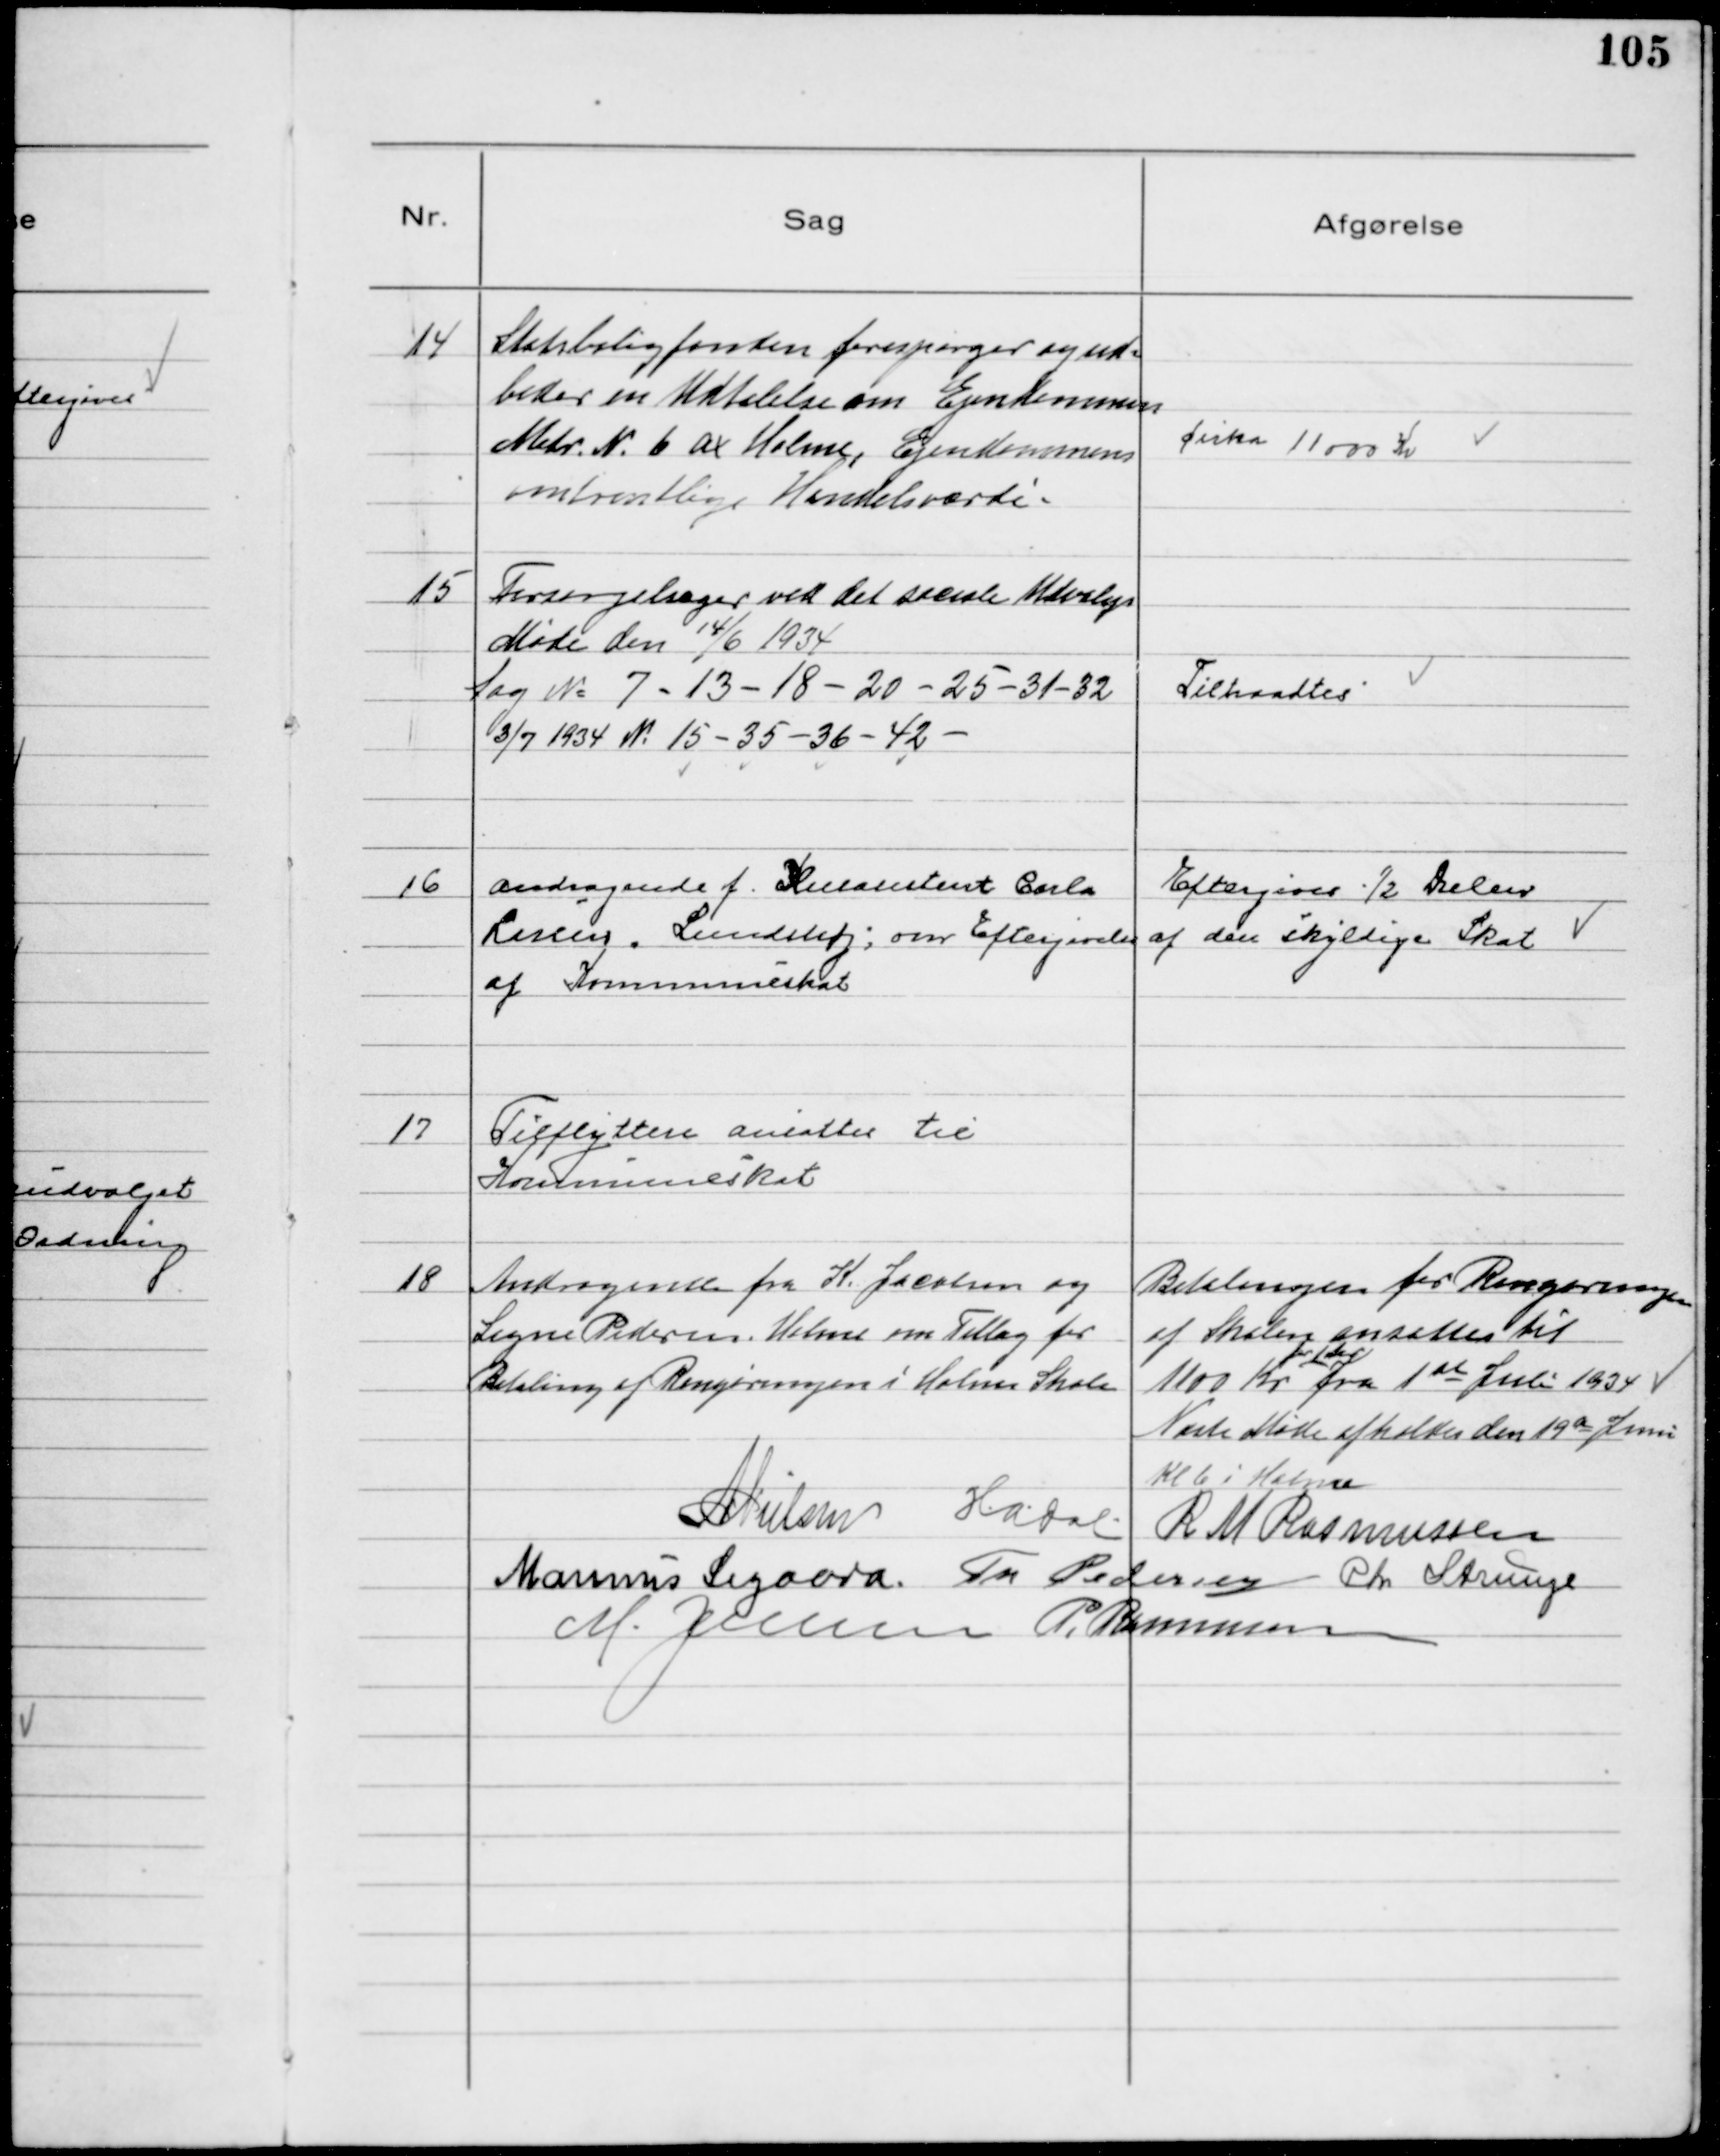
Transskription:
14
Statsboligfonden forespørger og ud=
beder en Udtalelse om Ejendommen
Matr № 6 ax Holme, Ejendommens
omtrentlige Handelsværdi.

cirka 11000 Kr

15
Forsørgelsager ved det sociale Udvalgs
Møde den 14/6 1934
Sag № 7 - 13 - 18 - 20 - 25 - 31 - 32
3/7 1934 № 15 - 35 - 36 - 42

Tiltraadtes

16
Andragende f. Husasistent Carla
Rising, Lundshøj; om Eftergivelse
af Kommuneskat

Eftergives ½ Delen
af den skyldige Skat

17
Tilflyttere ansattes til
Kommuneskat

18
Andragende fra K. Jacobsen og
Signe Pedersen, Holme om Tillæg for
Betalingen af Rengøringen i Holme Skole

Betalingen for Rengøringen
af Skolen ansattes til
1100 Kr
for 1 Aar
fra 1st Juli 1934

Næste Møde afholdes den 19 de Juni
Kl 6 i Holme
N Nielsen H.A. Dal R M Rasmussen
Marinus Sigaard. Th Pedersen Chr Strunge
M. Jensen P. Rasmussen